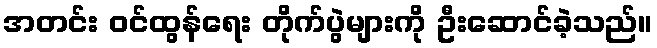
အတင်း ဝင်ထွန်ရေး တိုက်ပွဲများကို ဦးဆောင်ခဲ့သည်။